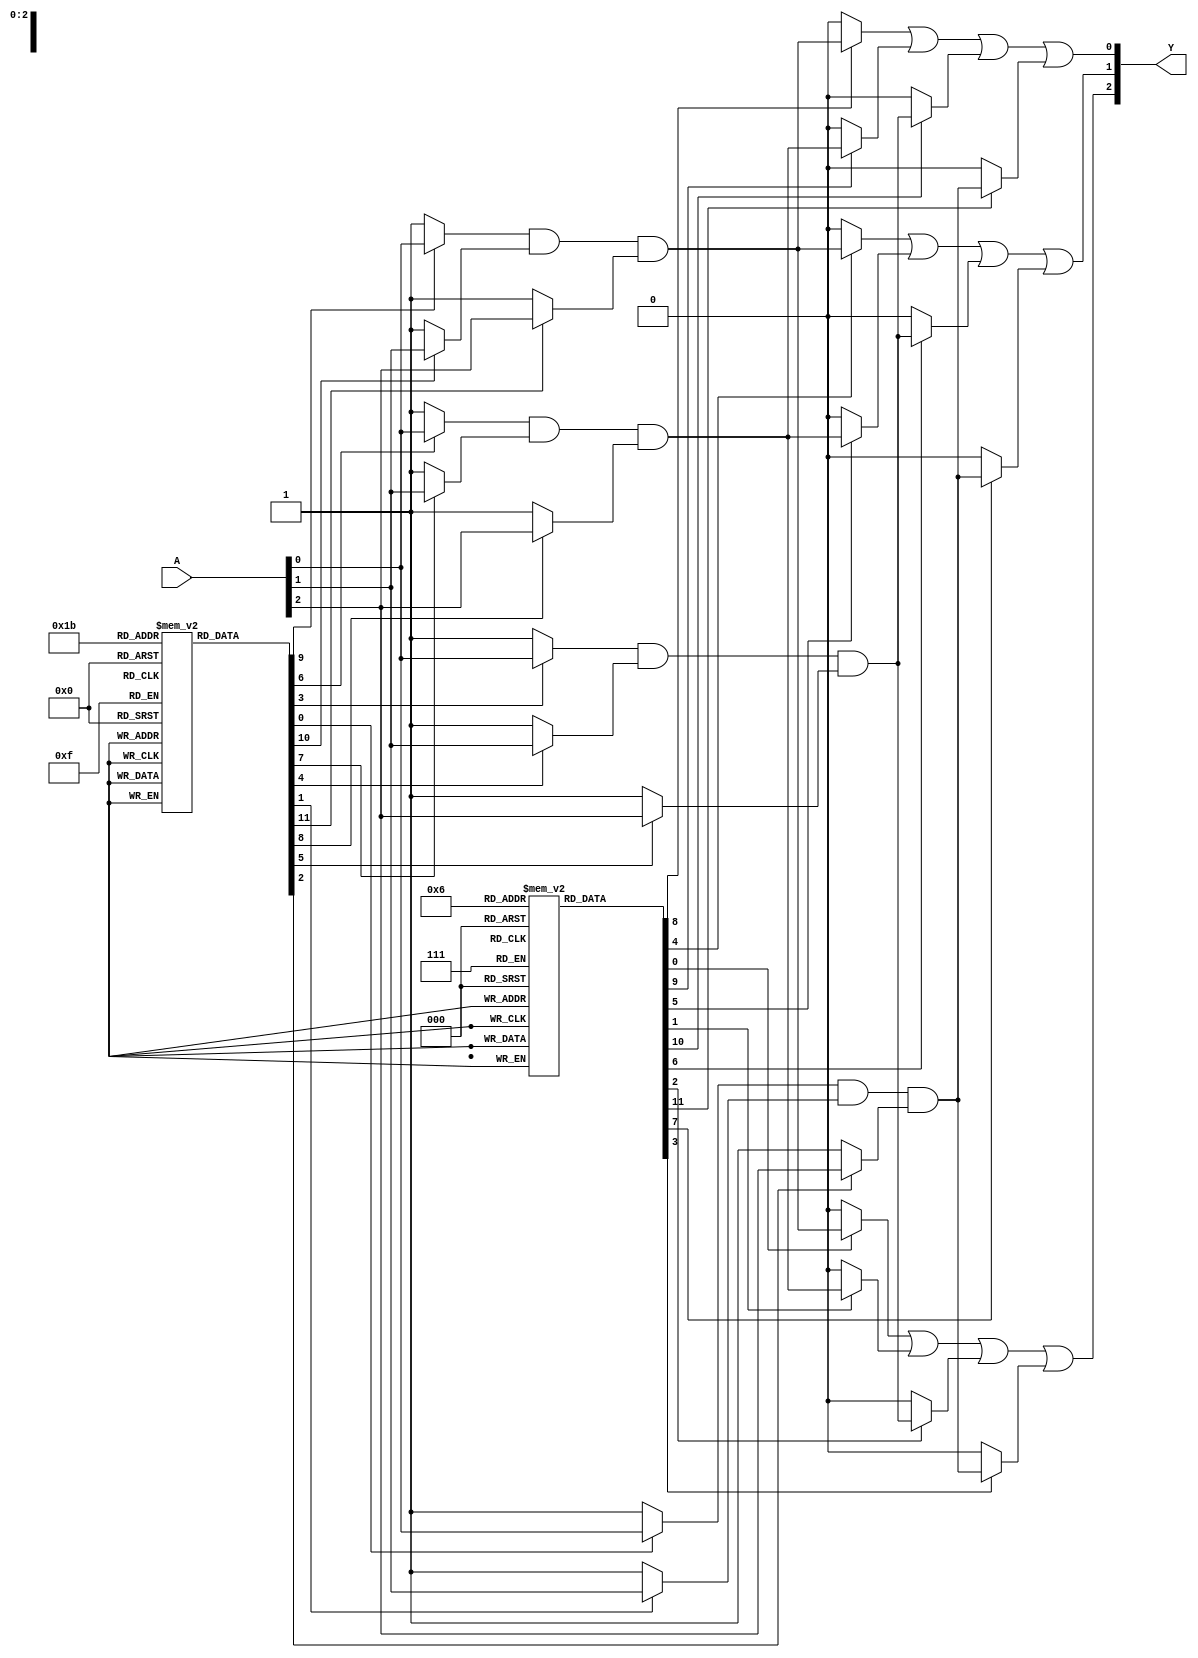
module fuse_based_PLA (
    input wire [N-1:0] A,  // Input signals
    output wire [M-1:0] Y   // Output signals
);
    parameter N = 3; // Number of input signals (A, B, C, etc.)
    parameter M = 3; // Number of output signals (Y1, Y2, Y3, etc.)
    parameter P = 4; // Number of product terms

    // Programmable fuse connections for AND plane
    reg [N-1:0] and_fuses[P-1:0]; // each row represents a programmable AND gate (product term)
    wire [P-1:0] product_terms;

    // AND Plane
    genvar i;
    generate
        for (i = 0; i < P; i = i + 1) begin: and_plane
            assign product_terms[i] = (and_fuses[i][0] ? A[0] : 1'b1) & // A[0] is connected if fuse intact
                                      (and_fuses[i][1] ? A[1] : 1'b1) & // A[1]
                                      (and_fuses[i][2] ? A[2] : 1'b1);   // A[2]
        end
    endgenerate

    // Programmable fuse connections for OR plane
    reg [P-1:0] or_fuses[M-1:0]; // each row represents a programmable OR gate (output signal)
    wire [M-1:0] outputs;

    // OR Plane
    generate
        for (i = 0; i < M; i = i + 1) begin: or_plane
            assign outputs[i] = (or_fuses[i][0] ? product_terms[0] : 1'b0) |
                                (or_fuses[i][1] ? product_terms[1] : 1'b0) |
                                (or_fuses[i][2] ? product_terms[2] : 1'b0) |
                                (or_fuses[i][3] ? product_terms[3] : 1'b0);
        end
    endgenerate

    assign Y = outputs; // Connecting outputs to the output signals

endmodule